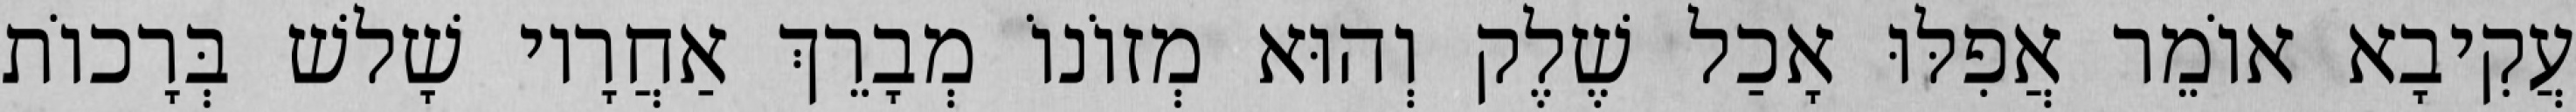
עֲקִיבָא אוֹמֵר אֲפִלּוּ אָכַל שֶׁלֶק וְהוּא מְזוֹנוֹ מְבָרֵךְ אַחֲרָיו שָׁלשׁ בְּרָכוֹת